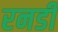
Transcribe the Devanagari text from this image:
रनडी